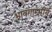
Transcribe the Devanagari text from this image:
भावगाम्भीर्य